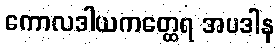
ကောလဒါယကတ္ထေရ အပဒါန